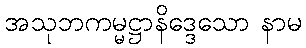
အသုဘကမ္မဋ္ဌာနိဒ္ဒေသော နာမ